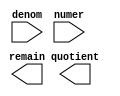
// megafunction wizard: %LPM_DIVIDE%VBB%
// GENERATION: STANDARD
// VERSION: WM1.0
// MODULE: LPM_DIVIDE 

// ============================================================
// Megafunction Name(s):
// 			LPM_DIVIDE
//
// Simulation Library Files(s):
// 			lpm
// ============================================================
// ************************************************************
// THIS IS A WIZARD-GENERATED FILE. DO NOT EDIT THIS FILE!
//
// 16.1.2 Build 203 01/18/2017 SJ Standard Edition
// ************************************************************

//Copyright (C) 2017  Intel Corporation. All rights reserved.
//Your use of Intel Corporation's design tools, logic functions 
//and other software and tools, and its AMPP partner logic 
//functions, and any output files from any of the foregoing 
//(including device programming or simulation files), and any 
//associated documentation or information are expressly subject 
//to the terms and conditions of the Intel Program License 
//Subscription Agreement, the Intel Quartus Prime License Agreement,
//the Intel MegaCore Function License Agreement, or other 
//applicable license agreement, including, without limitation, 
//that your use is for the sole purpose of programming logic 
//devices manufactured by Intel and sold by Intel or its 
//authorized distributors.  Please refer to the applicable 
//agreement for further details.

module peak_divide (
	denom,
	numer,
	quotient,
	remain);

	input	[15:0]  denom;
	input	[15:0]  numer;
	output	[15:0]  quotient;
	output	[15:0]  remain;

endmodule

// ============================================================
// CNX file retrieval info
// ============================================================
// Retrieval info: PRIVATE: INTENDED_DEVICE_FAMILY STRING "Cyclone V"
// Retrieval info: PRIVATE: PRIVATE_LPM_REMAINDERPOSITIVE STRING "TRUE"
// Retrieval info: PRIVATE: PRIVATE_MAXIMIZE_SPEED NUMERIC "6"
// Retrieval info: PRIVATE: SYNTH_WRAPPER_GEN_POSTFIX STRING "1"
// Retrieval info: PRIVATE: USING_PIPELINE NUMERIC "0"
// Retrieval info: PRIVATE: VERSION_NUMBER NUMERIC "2"
// Retrieval info: PRIVATE: new_diagram STRING "1"
// Retrieval info: LIBRARY: lpm lpm.lpm_components.all
// Retrieval info: CONSTANT: LPM_DREPRESENTATION STRING "UNSIGNED"
// Retrieval info: CONSTANT: LPM_HINT STRING "MAXIMIZE_SPEED=6,LPM_REMAINDERPOSITIVE=TRUE"
// Retrieval info: CONSTANT: LPM_NREPRESENTATION STRING "UNSIGNED"
// Retrieval info: CONSTANT: LPM_TYPE STRING "LPM_DIVIDE"
// Retrieval info: CONSTANT: LPM_WIDTHD NUMERIC "16"
// Retrieval info: CONSTANT: LPM_WIDTHN NUMERIC "16"
// Retrieval info: USED_PORT: denom 0 0 16 0 INPUT NODEFVAL "denom[15..0]"
// Retrieval info: USED_PORT: numer 0 0 16 0 INPUT NODEFVAL "numer[15..0]"
// Retrieval info: USED_PORT: quotient 0 0 16 0 OUTPUT NODEFVAL "quotient[15..0]"
// Retrieval info: USED_PORT: remain 0 0 16 0 OUTPUT NODEFVAL "remain[15..0]"
// Retrieval info: CONNECT: @denom 0 0 16 0 denom 0 0 16 0
// Retrieval info: CONNECT: @numer 0 0 16 0 numer 0 0 16 0
// Retrieval info: CONNECT: quotient 0 0 16 0 @quotient 0 0 16 0
// Retrieval info: CONNECT: remain 0 0 16 0 @remain 0 0 16 0
// Retrieval info: GEN_FILE: TYPE_NORMAL peak_divide.v TRUE
// Retrieval info: GEN_FILE: TYPE_NORMAL peak_divide.inc TRUE
// Retrieval info: GEN_FILE: TYPE_NORMAL peak_divide.cmp TRUE
// Retrieval info: GEN_FILE: TYPE_NORMAL peak_divide.bsf TRUE
// Retrieval info: GEN_FILE: TYPE_NORMAL peak_divide_inst.v TRUE
// Retrieval info: GEN_FILE: TYPE_NORMAL peak_divide_bb.v TRUE
// Retrieval info: GEN_FILE: TYPE_NORMAL peak_divide_syn.v TRUE
// Retrieval info: LIB_FILE: lpm